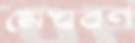
মেঘবর্ণ